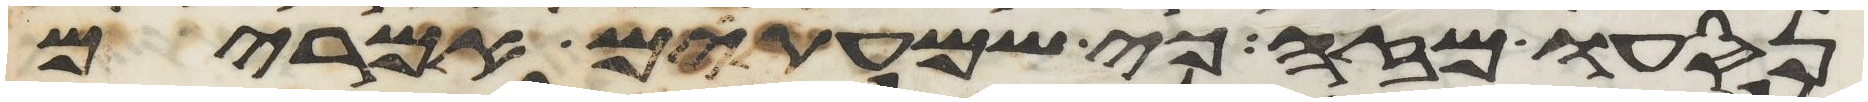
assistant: נסעו מזה כי שמעתים אמרים